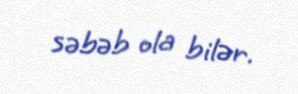
səbəb ola bilər.